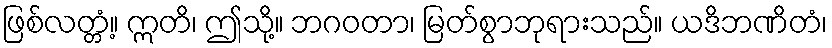
ဖြစ်လတ္တံ့။ ဣတိ၊ ဤသို့။ ဘဂဝတာ၊ မြတ်စွာဘုရားသည်။ ယဒိဘဏိတံ၊